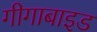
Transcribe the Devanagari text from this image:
गीगाबाइड